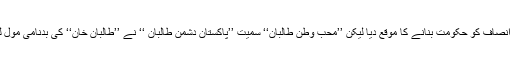
انہوں نے خیبر پی کے میں پاکستان تحریکِ انصاف کو حکومت بنانے کا موقع دِیا لیکن ’’مُحبِّ وطن طالبان‘‘ سمیت ’’پاکستان دشمن طالبان ‘‘ نے ’’طالبان خان‘‘ کی بدنامی مول لینے والے عمران خان کا بھی لحاظ نہیں کِیا۔